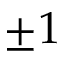
\pm 1